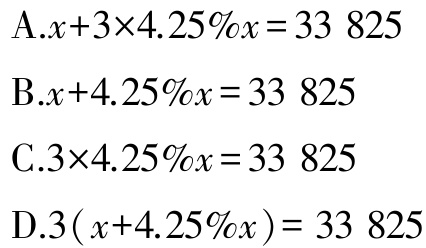
A.$x + 3\times4.25\%x = 33\ 825$
B.$x + 4.25\%x = 33\ 825$
C.$3\times4.25\%x = 33\ 825$
D.$3(x + 4.25\%x)= 33\ 825$